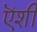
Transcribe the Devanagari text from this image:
ऎंशी